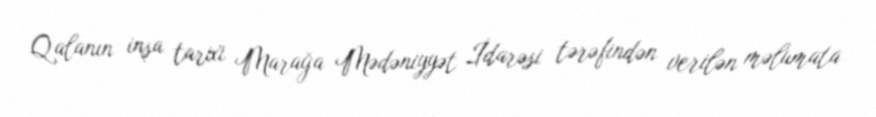
Qalanın inşa tarixi Marağa Mədəniyyət İdarəsi tərəfindən verilən məlumata